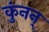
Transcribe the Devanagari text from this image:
कुंनन्